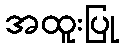
အထူးပြု